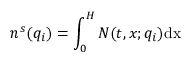
n ^ { s } ( q _ { i } ) = \int _ { 0 } ^ { H } N ( t , x ; q _ { i } ) \mathrm { { d } x }